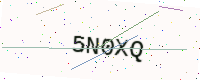
Text: 5N0XQ